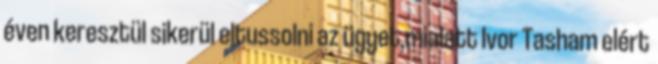
éven keresztül sikerül eltussolni az ügyet,mialatt Ivor Tasham elért